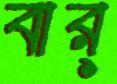
বার্